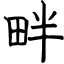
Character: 畔